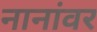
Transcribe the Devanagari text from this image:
नानांवर